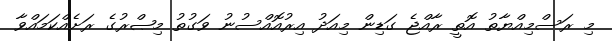
މި ރަސްމިއްޔާތު އޮތީ ރާއްޖެ ގަޑިން މިއަދު އިރުއޮއްސުނު ވަގުތު މިޞްރުގެ ރަށެއްކަމައްވާ